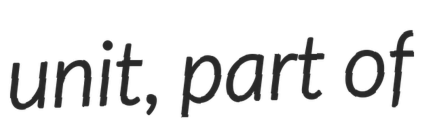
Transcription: unit, part of